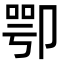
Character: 卾